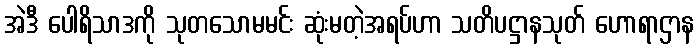
အဲဒီ ပေါရိသာဒကို သုတသောမမင်း ဆုံးမတဲ့အရပ်ဟာ သတိပဋ္ဌာနသုတ် ဟောရာဌာန